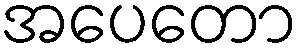
အပေတော